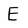
Character: E